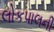
લોકપાલની